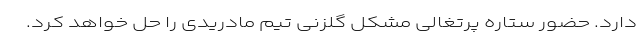
دارد. حضور ستاره پرتغالی مشکل گلزنی تیم مادریدی را حل خواهد کرد.